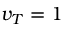
v _ { T } = 1